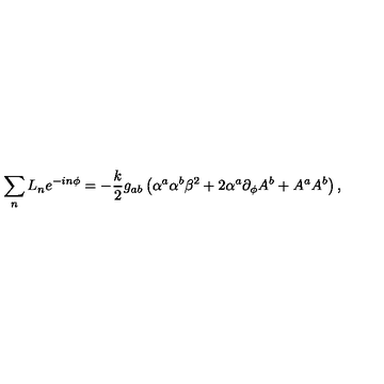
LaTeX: \sum _ { n } L _ { n } e ^ { - i n \phi } = - { \frac { k } { 2 } } g _ { a b } \left( \alpha ^ { a } \alpha ^ { b } \beta ^ { 2 } + 2 \alpha ^ { a } \partial _ { \phi } A ^ { b } + A ^ { a } A ^ { b } \right) ,